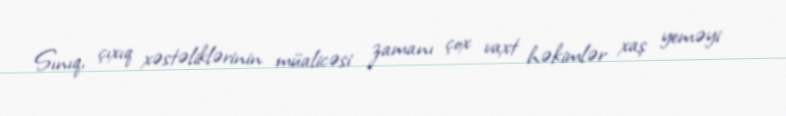
Sınıq, çıxıq xəstəliklərinin müalicəsi zamanı çox vaxt həkimlər xaş yeməyi